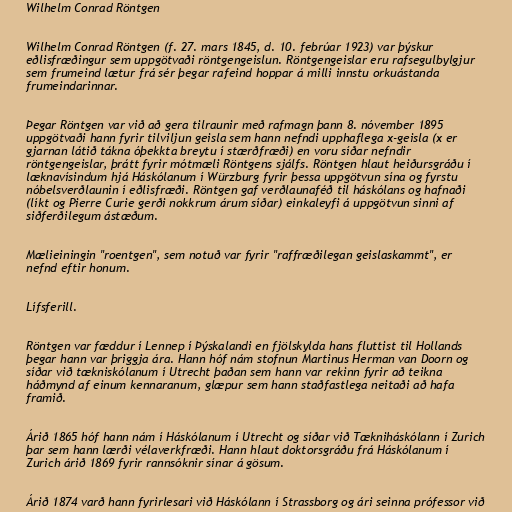
Wilhelm Conrad Röntgen

Wilhelm Conrad Röntgen (f. 27. mars 1845, d. 10. febrúar 1923) var þýskur
eðlisfræðingur sem uppgötvaði röntgengeislun. Röntgengeislar eru rafsegulbylgjur
sem frumeind lætur frá sér þegar rafeind hoppar á milli innstu orkuástanda
frumeindarinnar.

Þegar Röntgen var við að gera tilraunir með rafmagn þann 8. nóvember 1895
uppgötvaði hann fyrir tilviljun geisla sem hann nefndi upphaflega x-geisla (x er
gjarnan látið tákna óþekkta breytu í stærðfræði) en voru síðar nefndir
röntgengeislar, þrátt fyrir mótmæli Röntgens sjálfs. Röntgen hlaut heiðursgráðu í
læknavísindum hjá Háskólanum í Würzburg fyrir þessa uppgötvun sína og fyrstu
nóbelsverðlaunin í eðlisfræði. Röntgen gaf verðlaunaféð til háskólans og hafnaði
(líkt og Pierre Curie gerði nokkrum árum síðar) einkaleyfi á uppgötvun sinni af
siðferðilegum ástæðum.

Mælieiningin "roentgen", sem notuð var fyrir "raffræðilegan geislaskammt", er
nefnd eftir honum.

Lífsferill.

Röntgen var fæddur í Lennep í Þýskalandi en fjölskylda hans fluttist til Hollands
þegar hann var þriggja ára. Hann hóf nám stofnun Martinus Herman van Doorn og
síðar við tækniskólanum í Utrecht þaðan sem hann var rekinn fyrir að teikna
háðmynd af einum kennaranum, glæpur sem hann staðfastlega neitaði að hafa
framið.

Árið 1865 hóf hann nám í Háskólanum í Utrecht og síðar við Tækniháskólann í Zurich
þar sem hann lærði vélaverkfræði. Hann hlaut doktorsgráðu frá Háskólanum í
Zurich árið 1869 fyrir rannsóknir sínar á gösum.

Árið 1874 varð hann fyrirlesari við Háskólann í Strassborg og ári seinna prófessor við